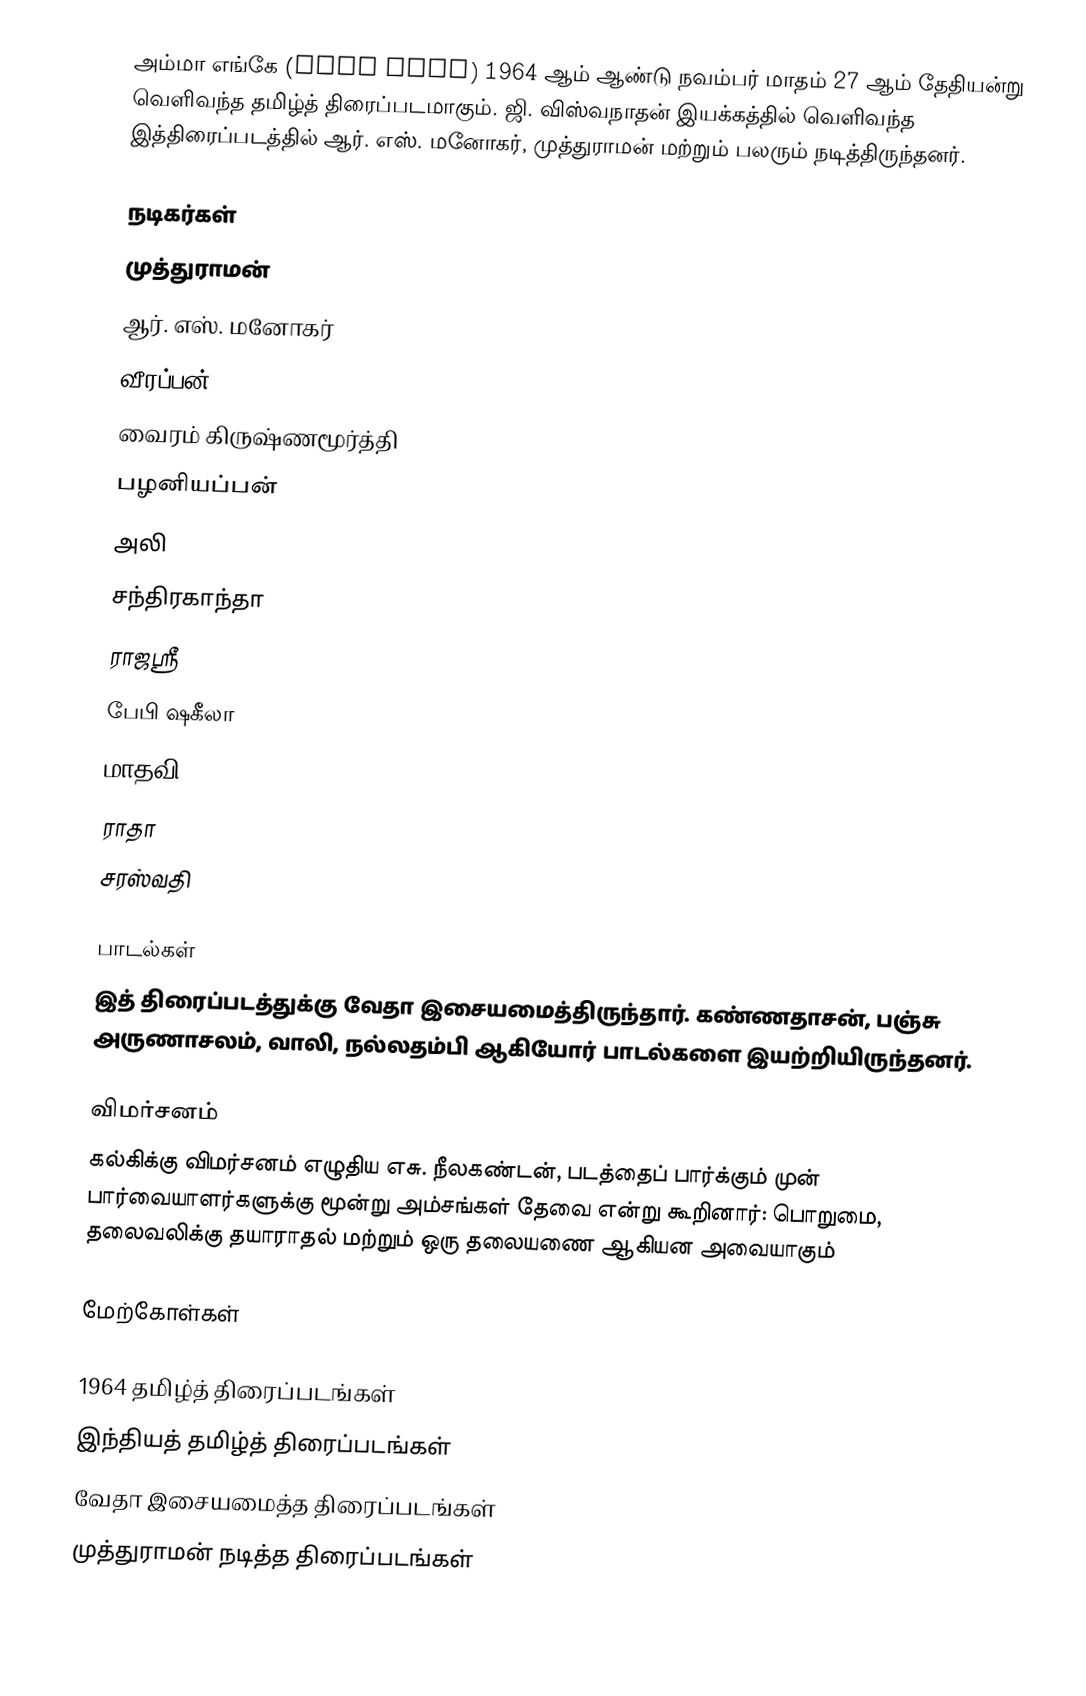
அம்மா எங்கே (Amma Enge) 1964 ஆம் ஆண்டு நவம்பர் மாதம் 27 ஆம் தேதியன்று வெளிவந்த தமிழ்த் திரைப்படமாகும். ஜி. விஸ்வநாதன் இயக்கத்தில் வெளிவந்த இத்திரைப்படத்தில் ஆர். எஸ். மனோகர், முத்துராமன் மற்றும் பலரும் நடித்திருந்தனர்.

நடிகர்கள்
முத்துராமன்
ஆர். எஸ். மனோகர்
வீரப்பன்
வைரம் கிருஷ்ணமூர்த்தி
பழனியப்பன்
அலி
சந்திரகாந்தா
ராஜஸ்ரீ
பேபி ஷகீலா
மாதவி
ராதா
சரஸ்வதி

பாடல்கள்
இத் திரைப்படத்துக்கு வேதா இசையமைத்திருந்தார். கண்ணதாசன், பஞ்சு அருணாசலம், வாலி, நல்லதம்பி ஆகியோர் பாடல்களை இயற்றியிருந்தனர்.

விமர்சனம்
கல்கிக்கு விமர்சனம் எழுதிய எசு. நீலகண்டன், படத்தைப் பார்க்கும் முன் பார்வையாளர்களுக்கு மூன்று அம்சங்கள்  தேவை என்று கூறினார்: பொறுமை, தலைவலிக்கு தயாராதல் மற்றும் ஒரு தலையணை ஆகியன அவையாகும்

மேற்கோள்கள்

1964 தமிழ்த் திரைப்படங்கள்
இந்தியத் தமிழ்த் திரைப்படங்கள்
வேதா இசையமைத்த திரைப்படங்கள்
முத்துராமன் நடித்த திரைப்படங்கள்